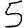
Digit: 5